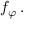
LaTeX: f _ { \varphi } \, .